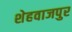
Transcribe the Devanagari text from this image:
शेहवाजपुर